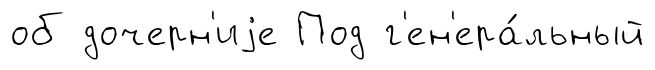
об дочерн'иjе Под г'ен'ера́льный